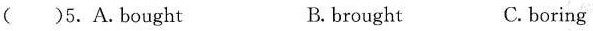
( )5.A.Bought B.brought C. boring